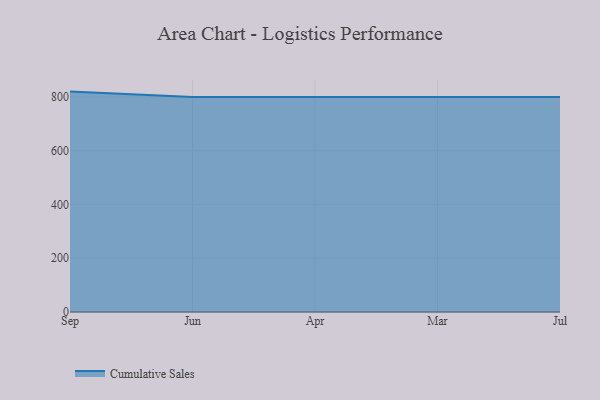
{"axis": {"x": "Month", "y": "Latency (ms)"}, "legend": ["Cumulative Sales"], "data": [{"x": "Sep", "y": 820.0, "type": "Cumulative Sales"}, {"x": "Jun", "y": 800, "type": "Cumulative Sales"}, {"x": "Apr", "y": 800, "type": "Cumulative Sales"}, {"x": "Mar", "y": 800, "type": "Cumulative Sales"}, {"x": "Jul", "y": 800, "type": "Cumulative Sales"}]}